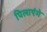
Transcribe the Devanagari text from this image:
पिलाएंगे